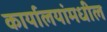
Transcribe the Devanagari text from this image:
कार्यालयांमधील